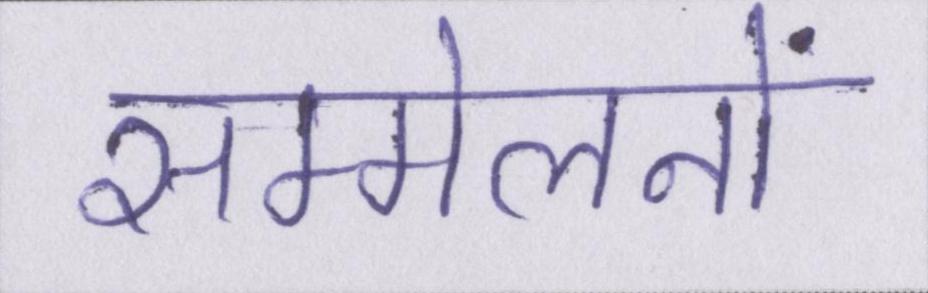
सम्मेलनों